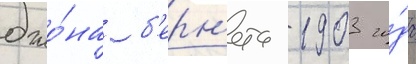
джо́на б'ерн'ета 1903 го́да